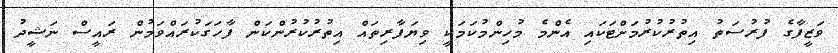
ވަޒީފާގެ ފުރުސަތު އިތުރުކުރުމަށްޓަކައި އެންމެ މުހިންމުކަމަކީ ވިޔަފާރިތައް އިތުރުކުރުންކަން ފާހަގަކުރައްވަމުން ރައީސް ނަޝީދު